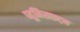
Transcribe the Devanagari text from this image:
प्यूमिसाइट्स